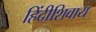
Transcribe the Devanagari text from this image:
हिंदीशिवाय